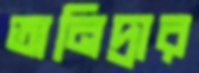
অনিদ্রার